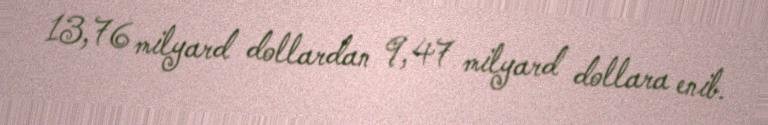
13,76 milyard dollardan 9,47 milyard dollara enib.